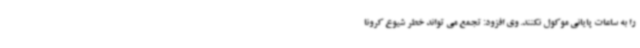
را به ساعات پایانی موکول نکنند. وی افزود: تجمع می تواند خطر شیوع کرونا